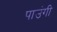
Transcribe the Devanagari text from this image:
पाउंगी